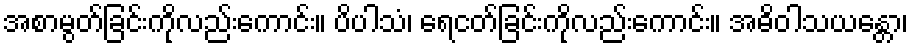
အစာမွတ်ခြင်းကိုလည်းကောင်း။ ပိပါသံ၊ ရေငတ်ခြင်းကိုလည်းကောင်း။ အဓိဝါသယန္တော၊